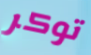
توكر